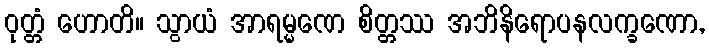
ဝုတ္တံ ဟောတိ။ သွာယံ အာရမ္မဏေ စိတ္တဿ အဘိနိရောပနလက္ခဏော,